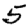
Digit: 5